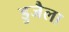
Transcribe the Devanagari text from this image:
डुजैला